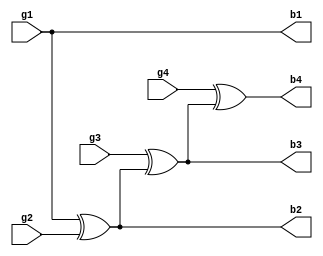
// Code for grey_to_binary
module grey_to_binary(
    input g1,g2,g3,g4,     
    output b1,b2,b3,b4    
    );
  xor (b2,b1,g2); 
  xor (b3,g3,b2); 
  xor (b4,g4,b3);
  buf (b1,g1);
endmodule